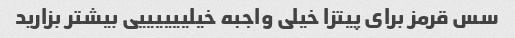
سس قرمز برای پیتزا خیلی واجبه خیلییییییی بیشتر بزارید